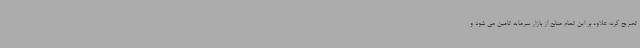
تصریح کرد: علاوه بر این تمام منابع از بازار سرمایه تامین می شود و